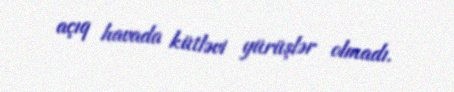
açıq havada kütləvi yürüşlər olmadı.